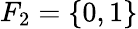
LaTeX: F_{2}=\{ 0,1\}